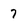
Character: 7